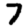
Digit: 7